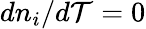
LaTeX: dn_{i}/d\mathcal{T}=0